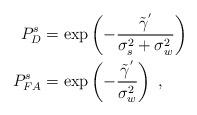
LaTeX: \begin{align*}P_{D}^s&=\mathrm{exp}\left(-\frac{\tilde{\gamma}^{'}}{\sigma_s^2+\sigma_w^2}\right) \\P_{FA}^s&=\mathrm{exp}\left(-\frac{\tilde{\gamma}^{'}}{\sigma_w^2}\right) \;,\end{align*}